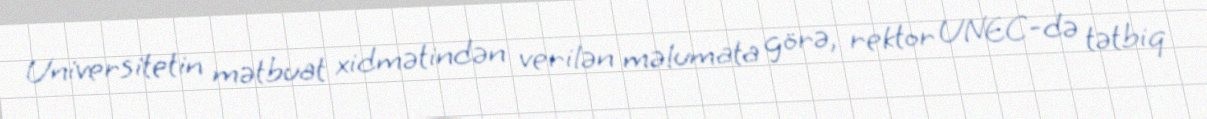
Universitetin mətbuat xidmətindən verilən məlumata görə, rektor UNEC-də tətbiq